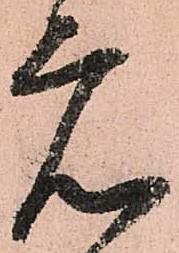
元